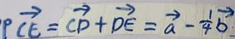
P \overrightarrow { C E } = \overrightarrow { C D } + \overrightarrow { D E } = \overrightarrow { a } - \frac { 1 } { 4 } \overrightarrow { b }